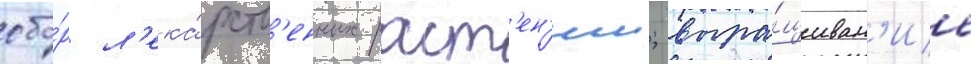
сбо́р л'ека́рств'енных раст'ен'ии; выра́щиван'ие